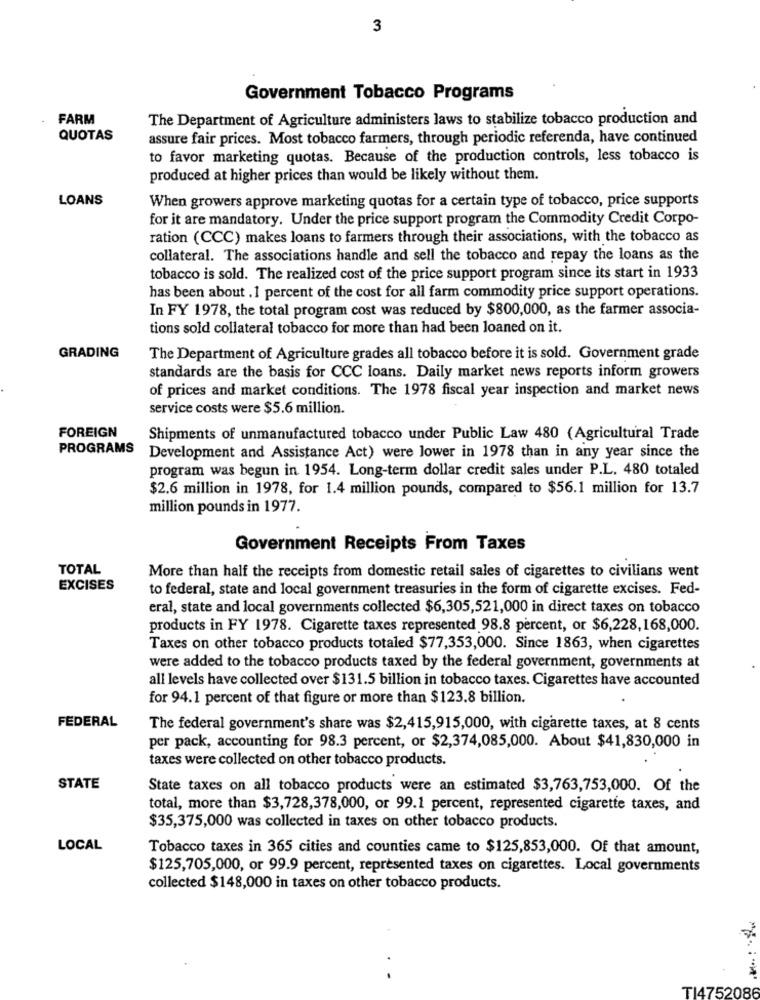
3
Government Tobacco Programs
FARM
The Department of Agriculture administers laws to stabilize tobacco production and
QUOTAS
assure fair prices. Most tobacco farmers, through periodic referenda, have continued
to favor marketing quotas. Because of the production controls, less tobacco is
produced at higher prices than would be likely without them.
LOANS
When growers approve marketing quotas for a certain type of tobacco, price supports
for it are mandatory. Under the price support program the Commodity Credit Corpo-
ration (CCC) makes loans to farmers through their associations, with the tobacco as
collateral. The associations handle and sell the tobacco and repay the loans as the
tobacco is sold. The realized cost of the price support program since its start in 1933
has been about . 1 percent of the cost for all farm commodity price support operations.
In FY 1978, the total program cost was reduced by $800,000, as the farmer associa-
tions sold collateral tobacco for more than had been loaned on it.
GRADING
The Department of Agriculture grades all tobacco before it is sold. Government grade
standards are the basis for CCC loans. Daily market news reports inform growers
of prices and market conditions. The 1978 fiscal year inspection and market news
service costs were $5.6 million.
FOREIGN
Shipments of unmanufactured tobacco under Public Law 480 (Agricultural Trade
PROGRAMS
Development and Assistance Act) were lower in 1978 than in any year since the
program was begun in 1954. Long-term dollar credit sales under P.L. 480 totaled
$2.6 million in 1978, for 1.4 million pounds, compared to $56.1 million for 13.7
million pounds in 1977.
Government Receipts From Taxes
TOTAL
More than half the receipts from domestic retail sales of cigarettes to civilians went
EXCISES
to federal, state and local government treasuries in the form of cigarette excises. Fed-
eral, state and local governments collected $6,305,521,000 in direct taxes on tobacco
products in FY 1978. Cigarette taxes represented 98.8 percent, or $6,228,168,000.
Taxes on other tobacco products totaled $77,353,000. Since 1863, when cigarettes
were added to the tobacco products taxed by the federal government, governments at
all levels have collected over $131.5 billion in tobacco taxes. Cigarettes have accounted
for 94.1 percent of that figure or more than $123.8 billion.
FEDERAL
The federal government's share was $2,415,915,000, with cigarette taxes, at 8 cents
per pack, accounting for 98.3 percent, or $2,374,085,000. About $41,830,000 in
taxes were collected on other tobacco products.
STATE
State taxes on all tobacco products were an estimated $3,763,753,000. Of the
total, more than $3,728,378,000, or 99.1 percent, represented cigarette taxes, and
$35,375,000 was collected in taxes on other tobacco products.
LOCAL
Tobacco taxes in 365 cities and counties came to $125,853,000. Of that amount,
$125,705,000, or 99.9 percent, represented taxes on cigarettes. Local governments
collected $148,000 in taxes on other tobacco products.
..
TI4752086